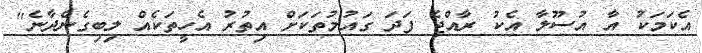
އެކަމަކު އާ އުސޫލާ އެކު ރާއްޖެ ފަދަ ގައުމުތަކަށް އިތުރު އެހީތަކެއް ލިބިގެންދާނެ"